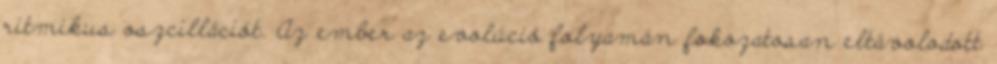
ritmikus oszcillációt. Az ember az evolúció folyamán fokozatosan eltávolodott